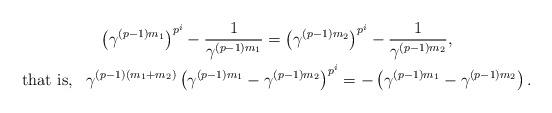
LaTeX: \begin{gather*}\left( \gamma^{(p-1)m_1} \right)^{p^i} - \frac{1}{\gamma^{(p-1)m_1}}= \left( \gamma^{(p-1)m_2} \right)^{p^i} - \frac{1}{\gamma^{(p-1)m_2}}, \\ \mbox{that is}, \ \ \gamma^{(p-1)(m_1 + m_2)} \left( \gamma^{(p-1)m_1} - \gamma^{(p-1)m_2} \right)^{p^i} = - \left( \gamma^{(p-1)m_1} - \gamma^{(p-1)m_2} \right). \end{gather*}